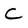
Character: C